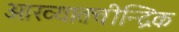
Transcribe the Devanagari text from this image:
आख्यातचीन्द्रिक